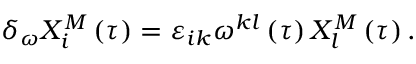
\delta _ { \omega } X _ { i } ^ { M } \left( \tau \right) = \varepsilon _ { i k } \omega ^ { k l } \left( \tau \right) X _ { l } ^ { M } \left( \tau \right) .